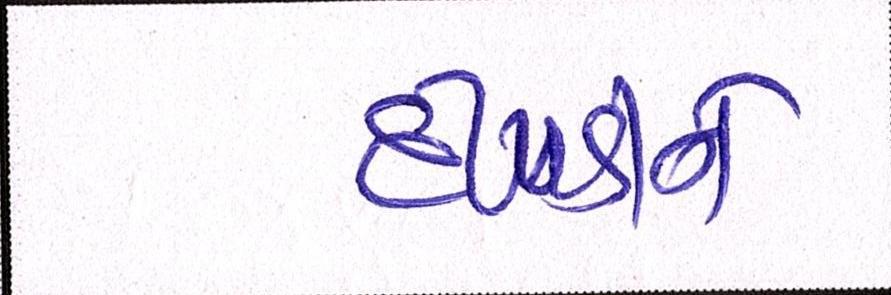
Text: દીપડીને